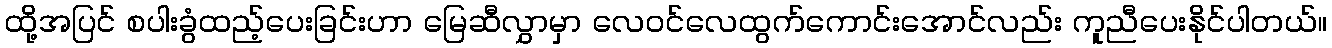
ထို့အပြင် စပါးခွံထည့်ပေးခြင်းဟာ မြေဆီလွှာမှာ လေဝင်လေထွက်ကောင်းအောင်လည်း ကူညီပေးနိုင်ပါတယ်။